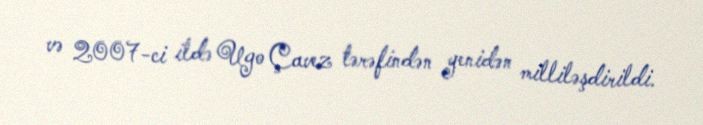
və 2007-ci ildə Ugo Çavez tərəfindən yenidən milliləşdirildi.